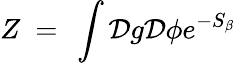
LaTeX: Z~=~\int{\cal D}g{\cal D}\phi e^{-S_{\beta}}